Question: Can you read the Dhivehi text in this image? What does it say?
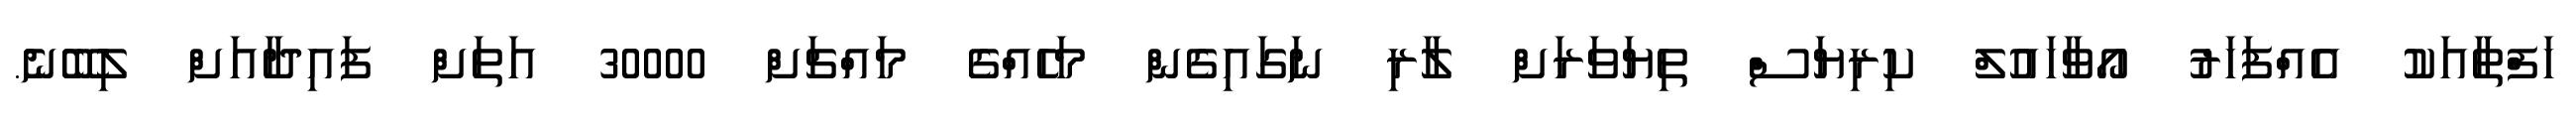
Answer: ހަފްތާއަކު އެއްފަހަރު އޯވާހައުލް ކިރިޔަސް ތިޔަވަރަށް ލާރި ނަގައިގެން މަހެއްގެ މައްޗަށް 30000 އަތަށް ފައިދާއަށް ލިބޭނެ.